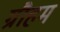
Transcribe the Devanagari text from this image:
ग्रौहम